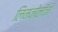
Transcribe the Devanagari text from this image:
लिमनोलॉजी